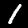
Label: 1